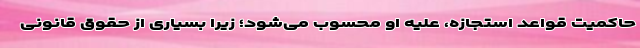
حاکمیت قواعد استجازه، علیه او محسوب می‌شود؛ زیرا بسیاری از حقوق قانونی